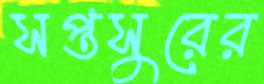
সপ্তসুরের